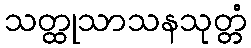
သတ္ထုသာသနသုတ္တံ